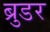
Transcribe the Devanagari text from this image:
ब्रुडर